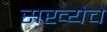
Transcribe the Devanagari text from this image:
सख्येचे